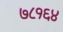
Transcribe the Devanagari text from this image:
७८१६४